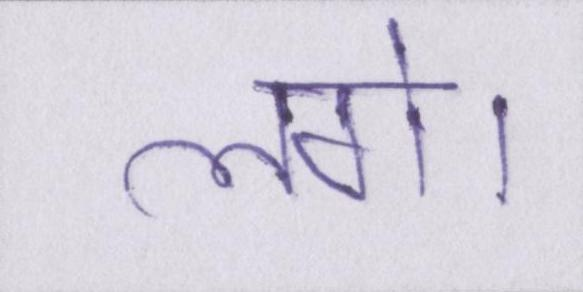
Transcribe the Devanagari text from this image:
लगे।